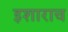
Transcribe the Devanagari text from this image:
इशाराच